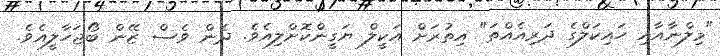
"މިލްނާއާއި ހައިކަލްގެ ދަރިއެއްތަ" އިތުރަށް އަކީލް ޔަގީންކޮށްލިއެވެ. ދެން ވެސް ޒޭން ބޯޖަހާލީއެވެ.